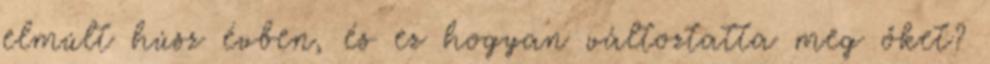
elmúlt húsz évben, és ez hogyan változtatta meg őket?